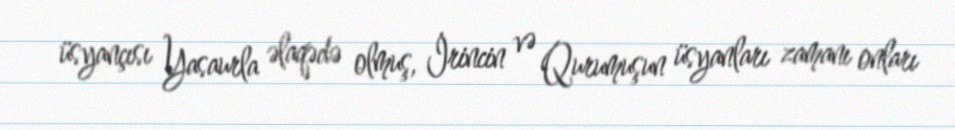
üsyançısı Yasaurla əlaqədə olmuş, İrincin və Qurumuşun üsyanları zamanı onları